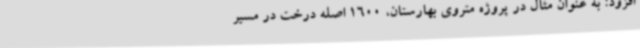
افزود: به عنوان مثال در پروژه متروی بهارستان، 1600 اصله درخت در مسیر